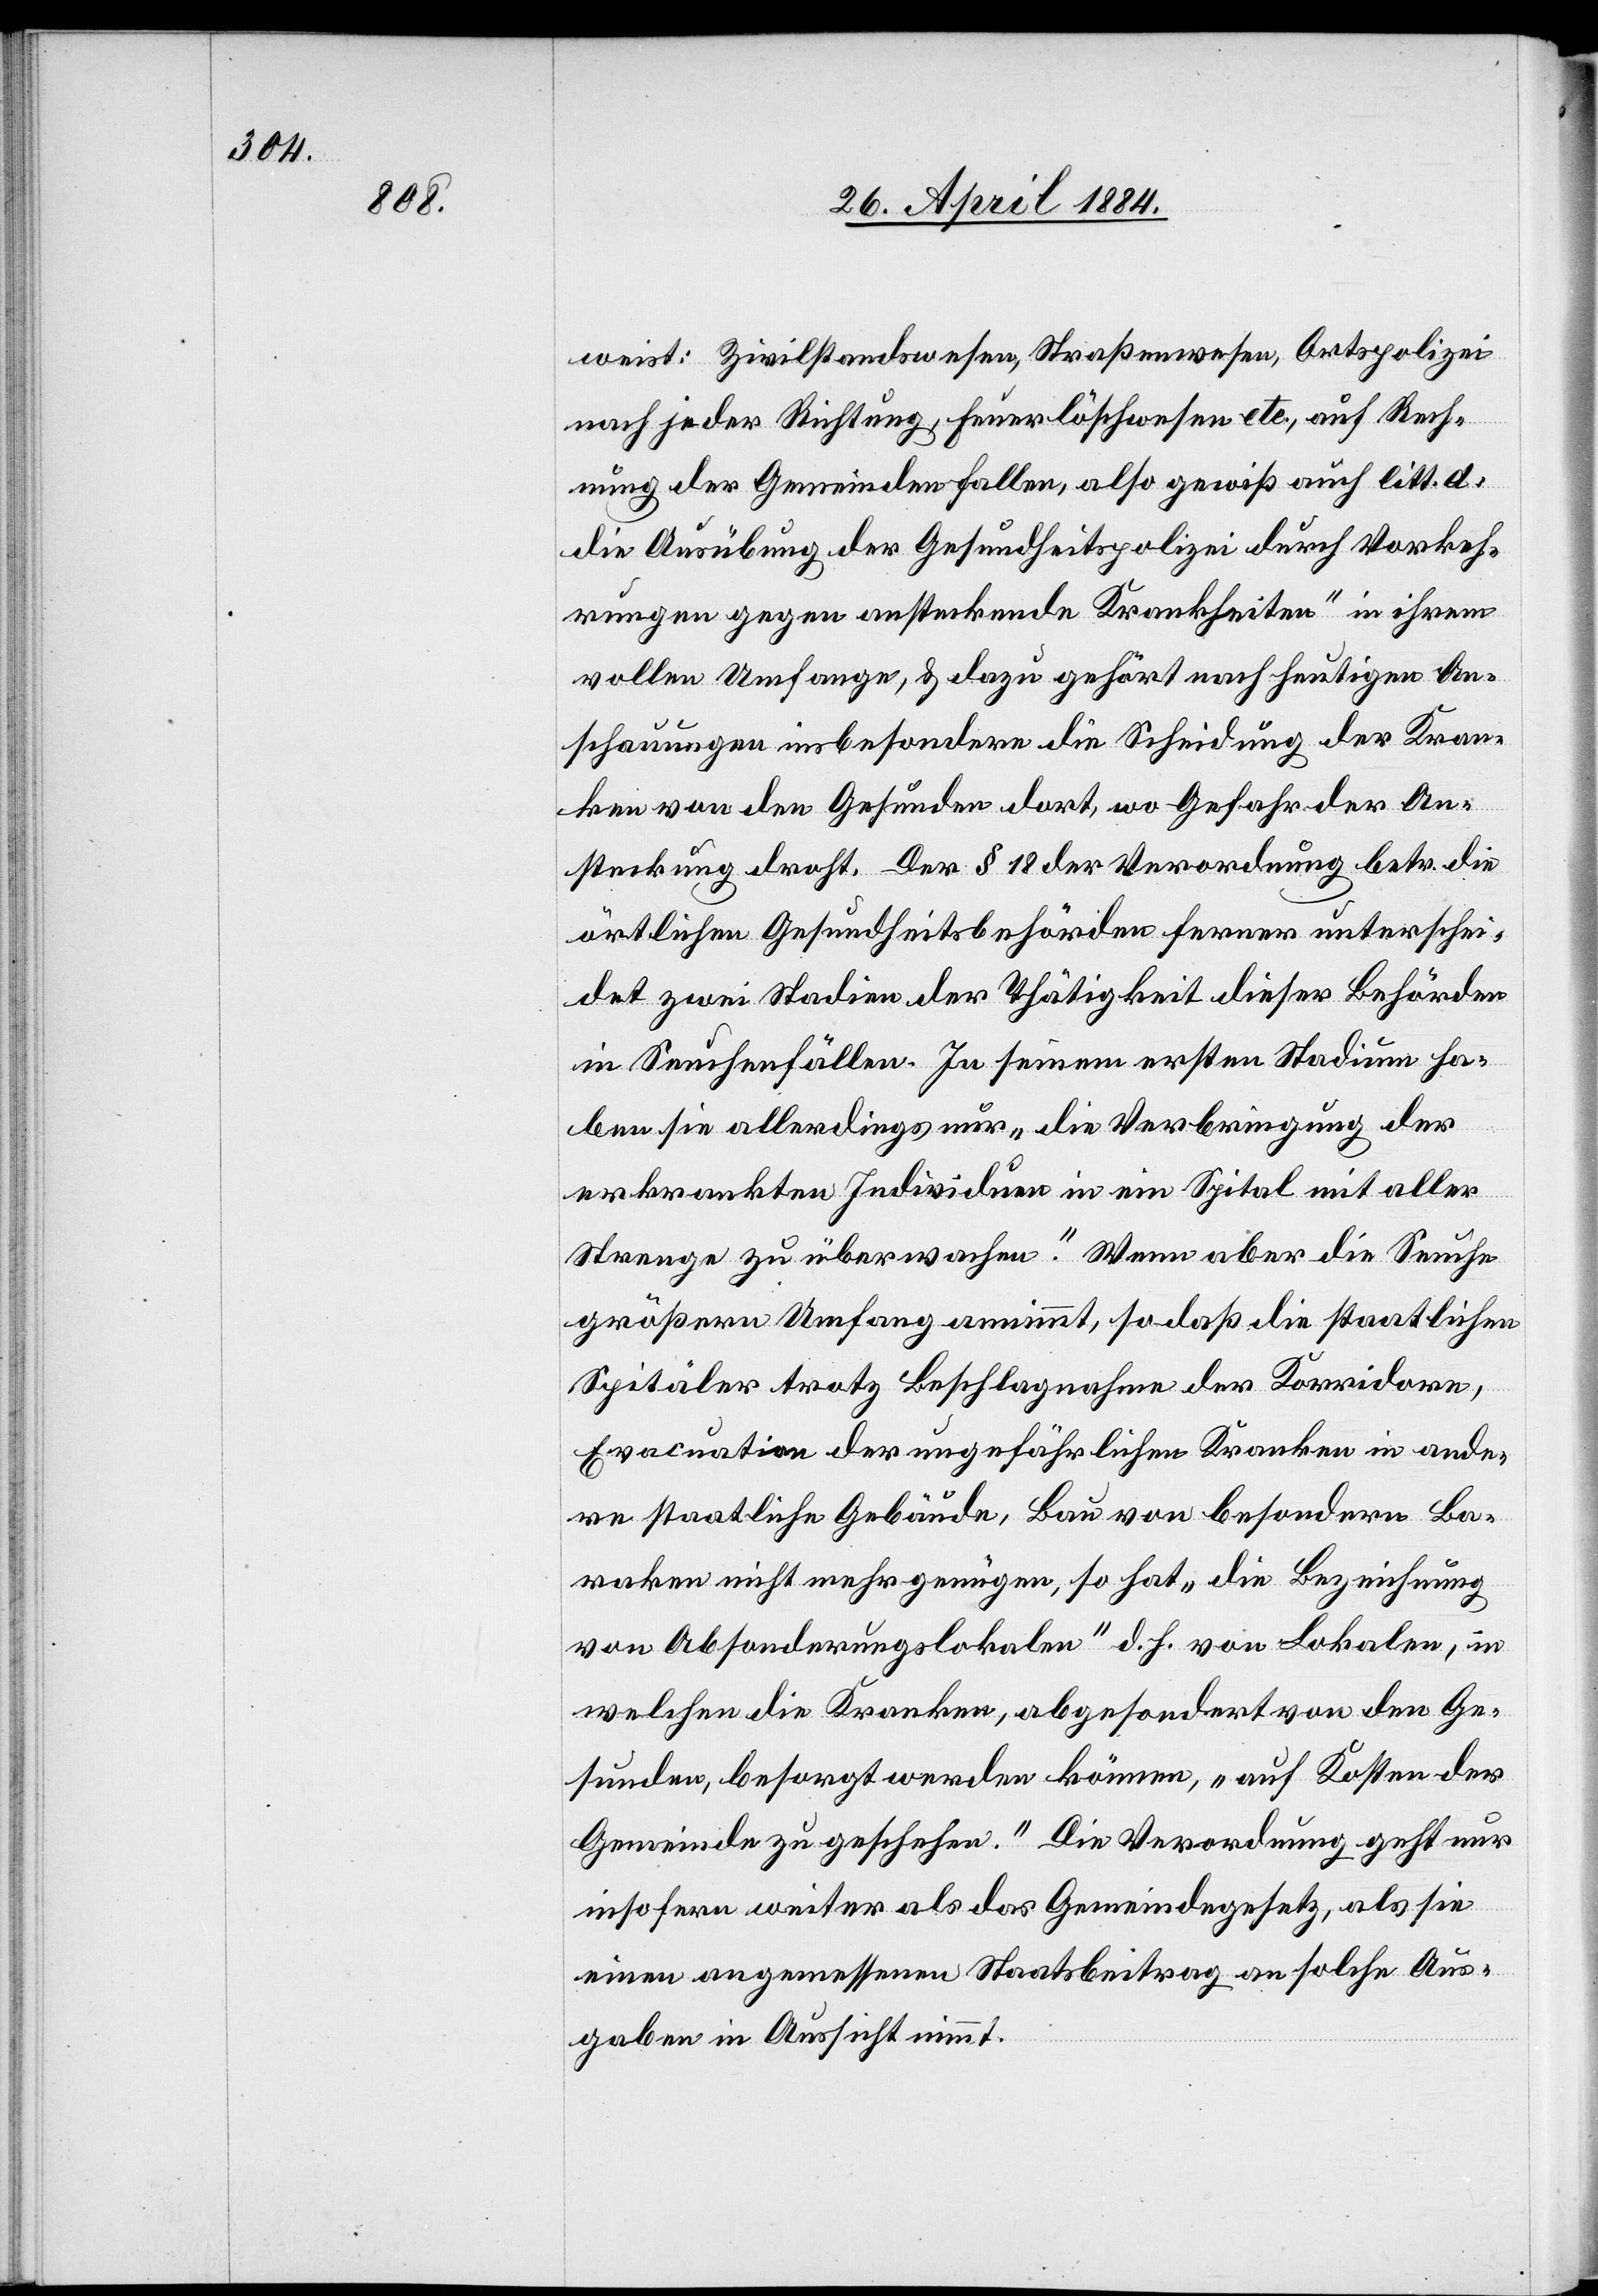
weist: Zivilstandswesen, Straßenwesen, Ortspolizei
nach jeder Richtung, Feuerlöschwesen etc., auf Rech¬
nung der Gemeinden fallen, also gewiß auch litt. a.
die Ausübung der Gesundheitspolizei durch Vorkeh¬
rungen gegen ansteckende Krankheiten“ [sic!] in ihrem
vollen Umfange, & dazu gehört nach heutigen An¬
schauungen insbesondere die Scheidung der Kran¬
ken von den Gesunden dort, wo Gefahr der An¬
steckung droht. Der § 18 der Verordnung betr. die
örtlichen Gesundheitsbehörden ferner unterschei¬
det zwei Stadien der Thätigkeit dieser Behörden
in Seuchenfällen. In seinem ersten Stadium ha¬
ben sie allerdings nur „die Verbringung der
erkrankten Individuen in ein Spital mit aller
Strenge zu überwachen.“ Wenn aber die Seuche
größern Umfang annimmt, so daß die staatlichen
Spitäler trotz Beschlagnahme der Korridore,
Evacuation der ungefährlichen Kranken in ande¬
re staatliche Gebäude, Bau von besondern Ba¬
raken nicht mehr genügen, so hat „die Bezeichnung
von Absonderungslokalen“ d. h. von Lokalen, in
welchen die Kranken, abgesondert von den Ge¬
sunden, besorgt werden können, „auf Kosten der
Gemeinde zu geschehen.“ Die Verordnung geht nur
insofern weiter als das Gemeindegesetz, als sie
einen angemessenen Staatsbeitrag an solche Aus¬
gaben in Aussicht nimmt.